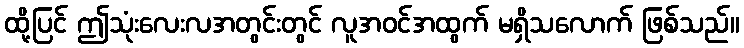
ထို့ပြင် ဤသုံးလေးလအတွင်းတွင် လူအဝင်အထွက် မရှိသလောက် ဖြစ်သည်။